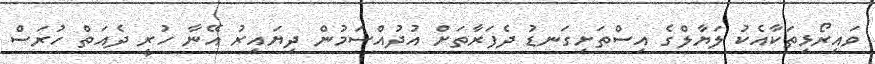
ވައިރޯޅިތަކާއެކު ލަޔާލްގެ އިސްތަށިގަނޑު ދެފަރާތަށް އުދުއްސަމުން ދިޔައިރު އޭނާ ހުރީ ދެއަތް ހުރަސް